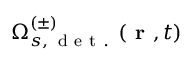
\Omega _ { s , \, \mathrm { ~ d ~ e ~ t ~ . ~ } } ^ { ( \pm ) } ( \textbf { r } , t )